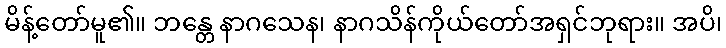
မိန့်တော်မူ၏။ ဘန္တေ နာဂသေန၊ နာဂသိန်ကိုယ်တော်အရှင်ဘုရား။ အပိ၊